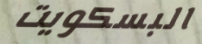
البسكويت